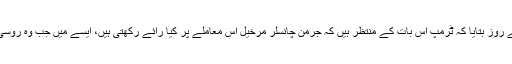
انتظامیہ کے ایک اعلیٰ اہل کار نے جمعے کے روز بتایا کہ ٹرمپ اس بات کے منتظر ہیں کہ جرمن چانسلر مرخیل اس معاملے پر کیا رائے رکھتی ہیں، ایسے میں جب وہ روسی صدر سے بات چیت کی تیاری کر رہے ہیں۔